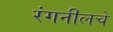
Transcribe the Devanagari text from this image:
रंगनीलचे